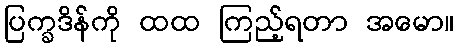
ပြက္ခဒိန်ကို ထထ ကြည့်ရတာ အမော။